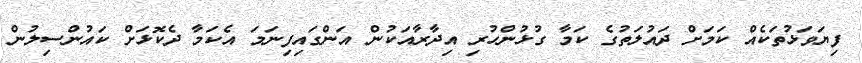
ފިޔަވަޅުތަކެއް ކަމަށް ދައުލަތުގެ ކަމާ ގުޅުންހުރި އިދާރާއަކުން އަންގައިފިނަމަ އެކަމާ ދެކޮޅަށް ކައުންސިލުން